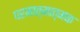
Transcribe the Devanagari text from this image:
परमात्मात्मक